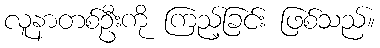
လူနာတစ်ဦးကို ကြည့်ခြင်း ဖြစ်သည်။